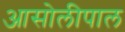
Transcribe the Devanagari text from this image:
आसोलीपाल